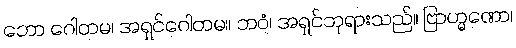
ဘော ဂေါတမ၊ အရှင်ဂေါတမ။ ဘဝံ၊ အရှင်ဘုရားသည်။ ဗြာဟ္မဏော၊